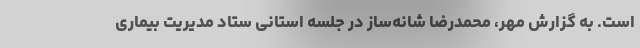
است. به گزارش مهر، محمدرضا شانه‌ساز در جلسه استانی ستاد مدیریت بیماری